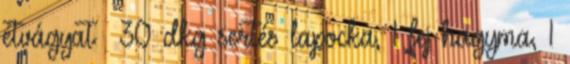
étvágyat 30 dkg sertés lapocka, 1 fej hagyma, 1